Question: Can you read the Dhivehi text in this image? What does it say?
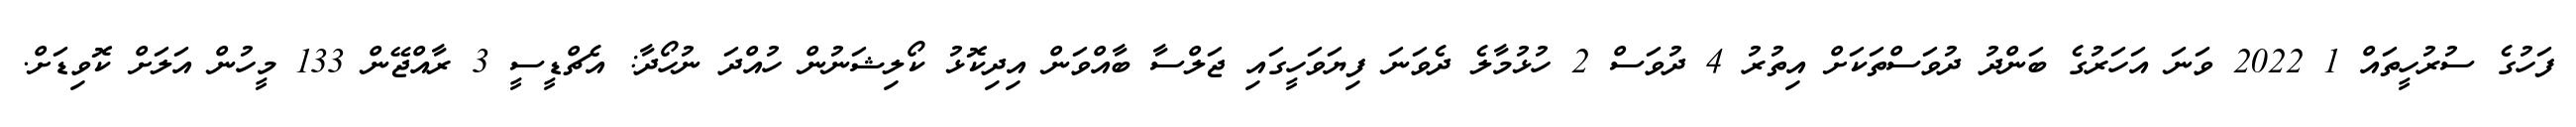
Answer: ފަހުގެ ސުރުހީތައް 1 2022 ވަނަ އަހަރުގެ ބަންދު ދުވަސްތަކަށް އިތުރު 4 ދުވަސް 2 ހުޅުމާލެ ދެވަނަ ފިޔަވަހީގައި ޖަލްސާ ބާއްވަން އިދިކޮޅު ކޯލިޝަނުން ހުއްދަ ނުހޯދާ: އެޗްޑީސީ 3 ރާއްޖޭން 133 މީހުން އަލަށް ކޮވިޑަށް.